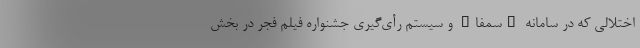
اختلالی که در سامانه "سمفا" و سیستم رأی‌گیری جشنواره فیلم فجر در بخش